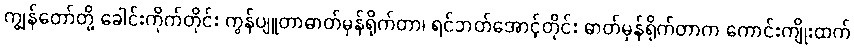
ကျွန်တော်တို့ ခေါင်းကိုက်တိုင်း ကွန်ပျူတာဓာတ်မှန်ရိုက်တာ၊ ရင်ဘတ်အောင့်တိုင်း ဓာတ်မှန်ရိုက်တာက ကောင်းကျိုးထက်